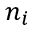
n _ { i }